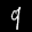
Label: 9